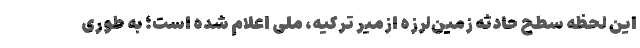
این لحظه سطح حادثه زمین‌لرزه ازمیر ترکیه، ملی اعلام شده است؛ به طوری